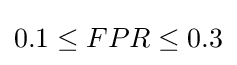
0.1\leq FPR\leq 0.3